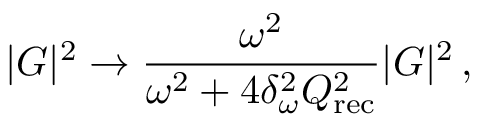
| G | ^ { 2 } \rightarrow \frac { \omega ^ { 2 } } { \omega ^ { 2 } + 4 \delta _ { \omega } ^ { 2 } Q _ { \mathrm { r e c } } ^ { 2 } } | G | ^ { 2 } \, ,